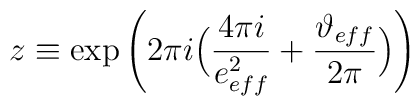
z \equiv \exp\Bigg(2\pi i\Big(\frac{4\pi i}{e^2_{eff}}+\frac{\vartheta_{eff}}{2\pi}\Big)\Bigg)